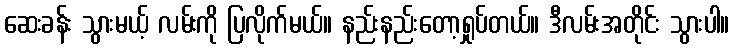
ဆေးခန်း သွားမယ့် လမ်းကို ပြလိုက်မယ်။ နည်းနည်းတော့ရှုပ်တယ်။ ဒီလမ်းအတိုင်း သွားပါ။